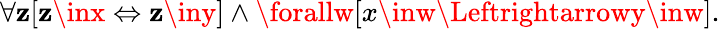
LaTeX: \forall\mathbf{z}[\mathbf{z}\inx\Leftrightarrow\mathbf{z}\iny]\land\forallw[x\inw\Leftrightarrowy\inw].